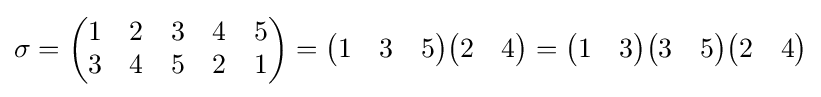
\sigma ={\begin{pmatrix}1&2&3&4&5\\3&4&5&2&1\end{pmatrix}}={\begin{pmatrix}1&3&5\end{pmatrix}}{\begin{pmatrix}2&4\end{pmatrix}}={\begin{pmatrix}1&3\end{pmatrix}}{\begin{pmatrix}3&5\end{pmatrix}}{\begin{pmatrix}2&4\end{pmatrix}}